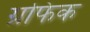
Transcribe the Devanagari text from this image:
ग्रफिक